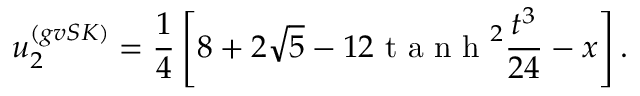
u _ { 2 } ^ { ( g v S K ) } = \frac { 1 } { 4 } \left[ 8 + 2 \sqrt { 5 } - 1 2 \mathrm { ~ t ~ a ~ n ~ h ~ } ^ { 2 } { \frac { t ^ { 3 } } { 2 4 } - x } \right] .